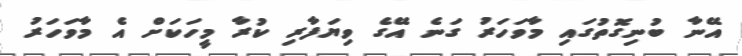
އޭނާ ބުނިގޮތުގައި މާވަހަރު ގަނެ އޭގެ ވިޔަފާރި ކުރާ މީހަކަށް އެ މާވަހަރު